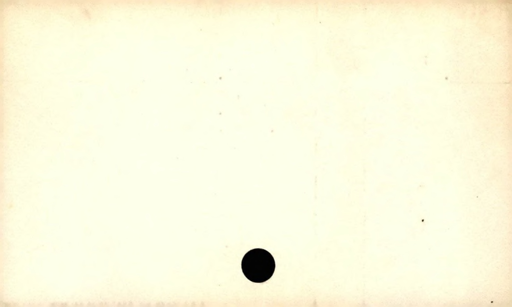
Label: blank